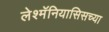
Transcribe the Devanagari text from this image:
लेश्मॅनियासिसच्या